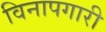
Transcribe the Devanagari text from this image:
विनापगारी